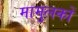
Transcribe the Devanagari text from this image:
मामुलकों